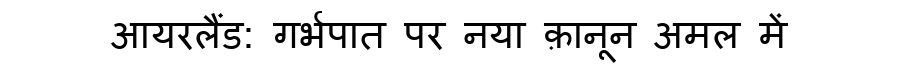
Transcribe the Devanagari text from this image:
आयरलैंड: गर्भपात पर नया क़ानून अमल में